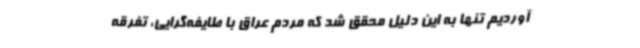
آوردیم تنها به این دلیل محقق شد که مردم عراق با طایفه‌گرایی، تفرقه